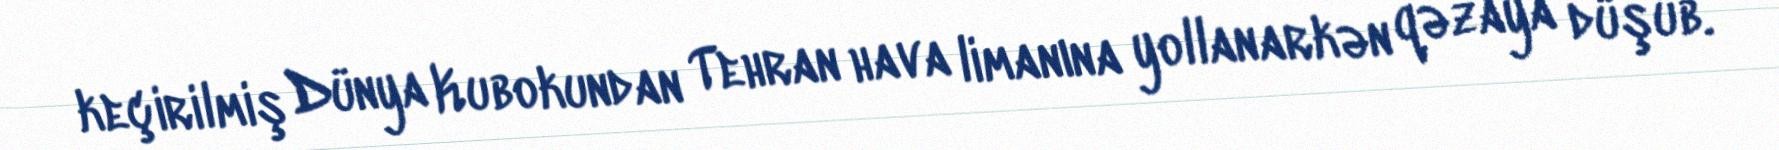
keçirilmiş Dünya Kubokundan Tehran hava limanına yollanarkən qəzaya düşüb.